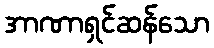
အာဏာရှင်ဆန်သော